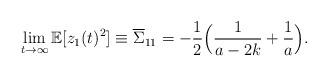
LaTeX: \begin{align*} \lim_{t\rightarrow\infty} \mathbb{E}[z_1(t)^2]\equiv\overline{\Sigma}_{11}= -\frac{1}{2}\Big(\frac{1}{a-2k}+\frac{1}{a}\Big).\end{align*}